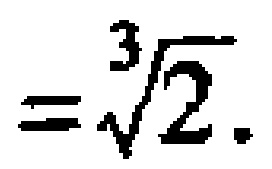
$=\sqrt[3]{2}.$